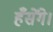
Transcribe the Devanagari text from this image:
हँसेंगे।